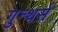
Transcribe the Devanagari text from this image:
गुन्थर्स